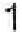
1